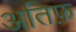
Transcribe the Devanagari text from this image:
अतिफ़